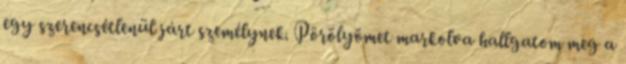
egy szerencsétlenül járt személynek. Pörölyömet markolva hallgatom meg a